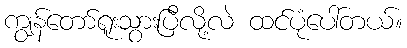
ကျွန်တော်ရူးသွားပြီလို့လဲ ထင်ပုံပေါ်တယ်။